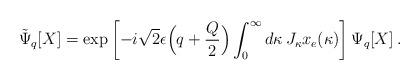
LaTeX: \begin{align*}\tilde \Psi_{q}[X]=\exp\left[ -i\sqrt{2}\epsilon\Bigl(q+\frac{Q}{2}\Bigr)\int_{0}^{\infty}d\kappa\, J_{\kappa} x_{e}(\kappa)\right]\Psi_{q}[X]\, .\end{align*}